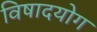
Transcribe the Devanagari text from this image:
विषादयोग